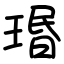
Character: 瑉